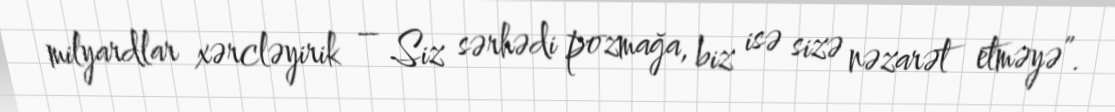
milyardlar xərcləyirik – Siz sərhədi pozmağa, biz isə sizə nəzarət etməyə”.